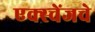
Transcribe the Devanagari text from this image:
एक्स्चेंजचे